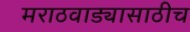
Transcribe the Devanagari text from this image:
मराठवाड्यासाठीच